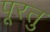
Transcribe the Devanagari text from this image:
पूरतु